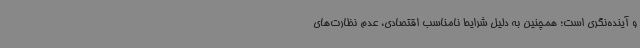
و آینده‌نگری است؛ همچنین به دلیل شرایط نامناسب اقتصادی، عدم نظارت‌های